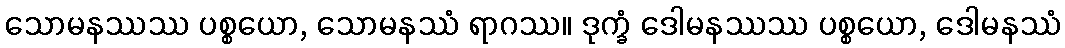
သောမနဿဿ ပစ္စယော, သောမနဿံ ရာဂဿ။ ဒုက္ခံ ဒေါမနဿဿ ပစ္စယော, ဒေါမနဿံ